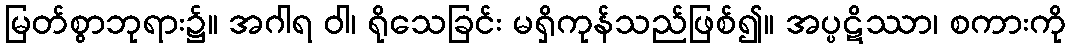
မြတ်စွာဘုရား၌။ အဂါရ ဝါ၊ ရိုသေခြင်း မရှိကုန်သည်ဖြစ်၍။ အပ္ပဋိဿာ၊ စကားကို